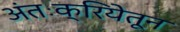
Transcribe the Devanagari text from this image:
अंतःक्रियेतून